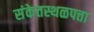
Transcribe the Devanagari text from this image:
संकेतस्थळपत्ता